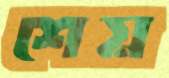
শেয়